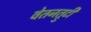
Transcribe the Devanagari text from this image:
वेतनत्रुटी